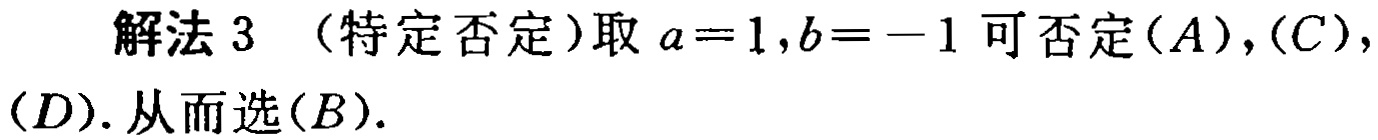
解法 3 （特定否定）取 \(a = 1,b = - 1\) 可否定\((A),(C),(D)\). 从而选\((B)\).